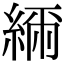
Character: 𦁥